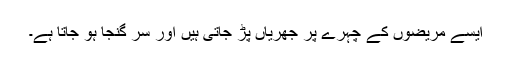
ایسے مریضوں کے چہرے پر جھریاں پڑ جاتی ہیں اور سر گنجا ہو جاتا ہے۔